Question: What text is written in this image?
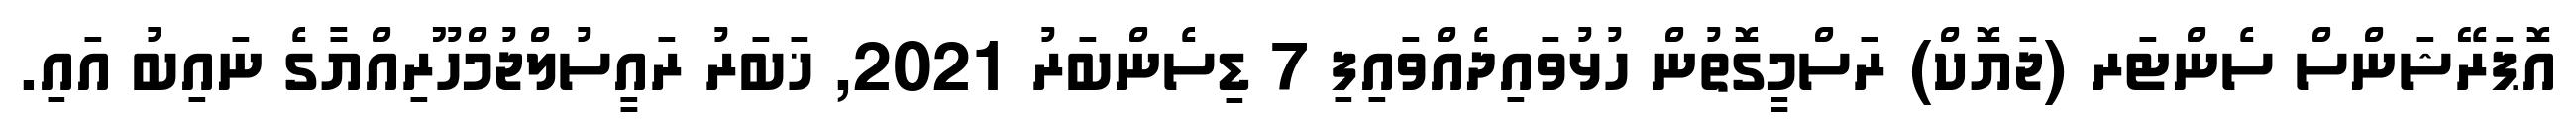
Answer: އޮޕަރޭޝަންސް ސެންޓަރ (ޖަޔޮކް) ރަސްމީގޮތުން ހުޅުވައިދެއްވައިފި 7 ޑިސެންބަރު 2021, ޚަބަރު ރައީސުލްޖުމްހޫރިއްޔާގެ ނައިބު އައި.